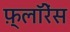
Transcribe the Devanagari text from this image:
फ़्लॉरेंस